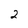
Character: 2